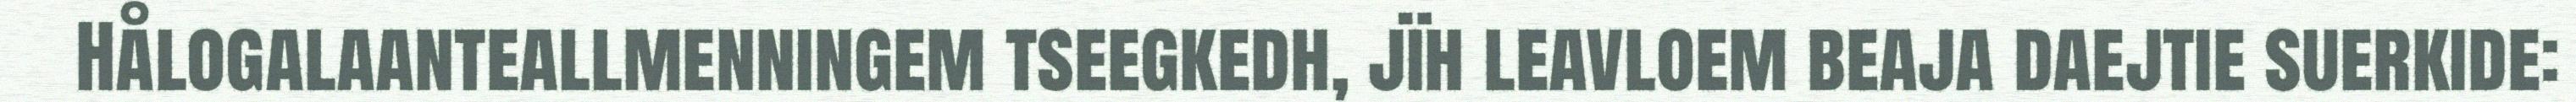
Hålogalaanteallmenningem tseegkedh, jïh leavloem beaja daejtie suerkide: